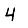
Digit: 4